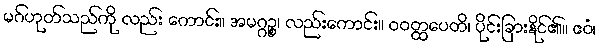
မဂ်ဟုတ်သည်ကို လည်း ကောင်း။ အမဂ္ဂဉ္စ၊ လည်းကောင်း။ ဝဝတ္ထပေတိ၊ ပိုင်းခြားနိုင်၏။ ဧဝံ၊